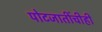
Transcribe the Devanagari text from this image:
पोटजातींचीही